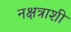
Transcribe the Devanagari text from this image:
नक्षत्राशी